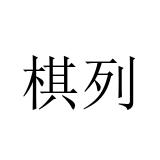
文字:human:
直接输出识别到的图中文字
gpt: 棋列